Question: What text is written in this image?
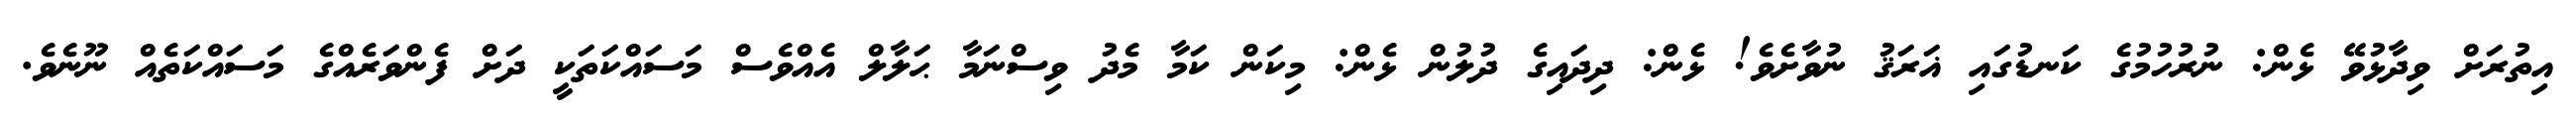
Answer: އިތުރަށް ވިދާޅުވޭ ޅެން: ނުރުހުމުގެ ކަނޑުގައި ޣަރަޤު ނުވާށެވެ! ޅެން: ދިދައިގެ ދުލުން ޅެން: މިކަން ކަމާ މެދު ވިސްނަމާ ޙަލާލް އެއްވެސް މަސައްކަތަކީ ދަށް ފެންވަރެއްގެ މަސައްކަތެއް ނޫނެވެ.